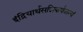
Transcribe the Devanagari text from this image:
इंद्रियार्थसन्निकर्षजन्यं